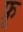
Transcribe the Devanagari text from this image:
फ्रू